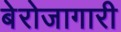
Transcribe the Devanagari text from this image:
बेरोजागारी